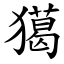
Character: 獦